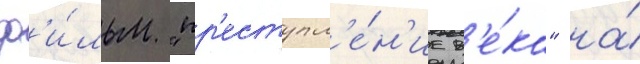
ф'и́льм "пр'еступл'е́н'ие в'е́ка" на́